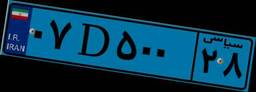
۴۴D۸۸۹۴۳